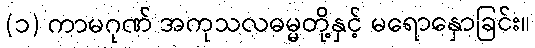
(၁) ကာမဂုဏ် အကုသလဓမ္မတို့နှင့် မရောနှောခြင်း။